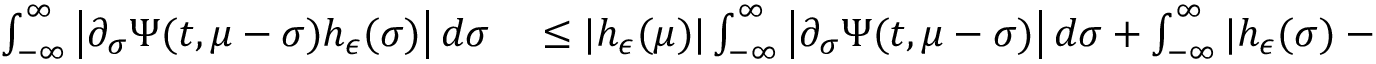
\begin{array} { r l } { \int _ { - \infty } ^ { \infty } \left| \partial _ { \sigma } \Psi ( t , \mu - \sigma ) h _ { \epsilon } ( \sigma ) \right| d \sigma } & { { } \leq | h _ { \epsilon } ( \mu ) | \int _ { - \infty } ^ { \infty } \left| \partial _ { \sigma } \Psi ( t , \mu - \sigma ) \right| d \sigma + \int _ { - \infty } ^ { \infty } | h _ { \epsilon } ( \sigma ) - h _ { \epsilon } ( \mu ) | | \partial _ { \sigma } \Psi ( t , \mu - \sigma ) | d \sigma } \end{array}